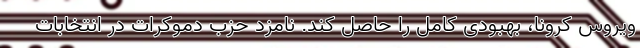
ویروس کرونا، بهبودی کامل را حاصل کند. نامزد حزب دموکرات در انتخابات